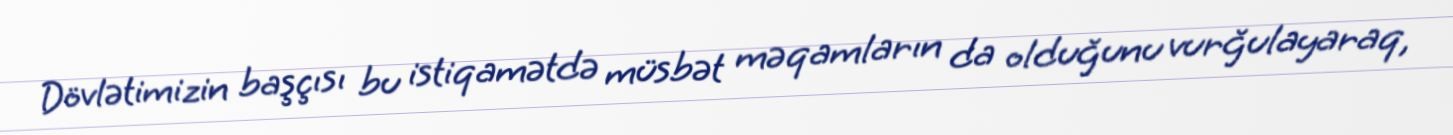
Dövlətimizin başçısı bu istiqamətdə müsbət məqamların da olduğunu vurğulayaraq,